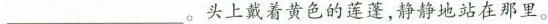
___。头上戴着黄色的莲蓬，静静地站在那里。